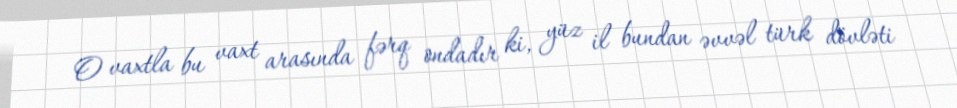
O vaxtla bu vaxt arasında fərq ondadır ki, yüz il bundan əvvəl türk dövləti